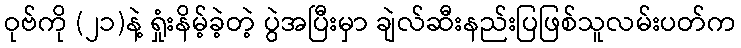
ဝုဗ်ကို (၂၁)နဲ့ ရှုံးနိမ့်ခဲ့တဲ့ ပွဲအပြီးမှာ ချဲလ်ဆီးနည်းပြဖြစ်သူလမ်းပတ်က